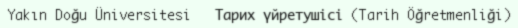
Yakın Doğu Üniversitesi   Тарих үйретушісі (Tarih Öğretmenliği)